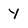
Character: y